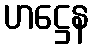
ဟဋ္ဌေန